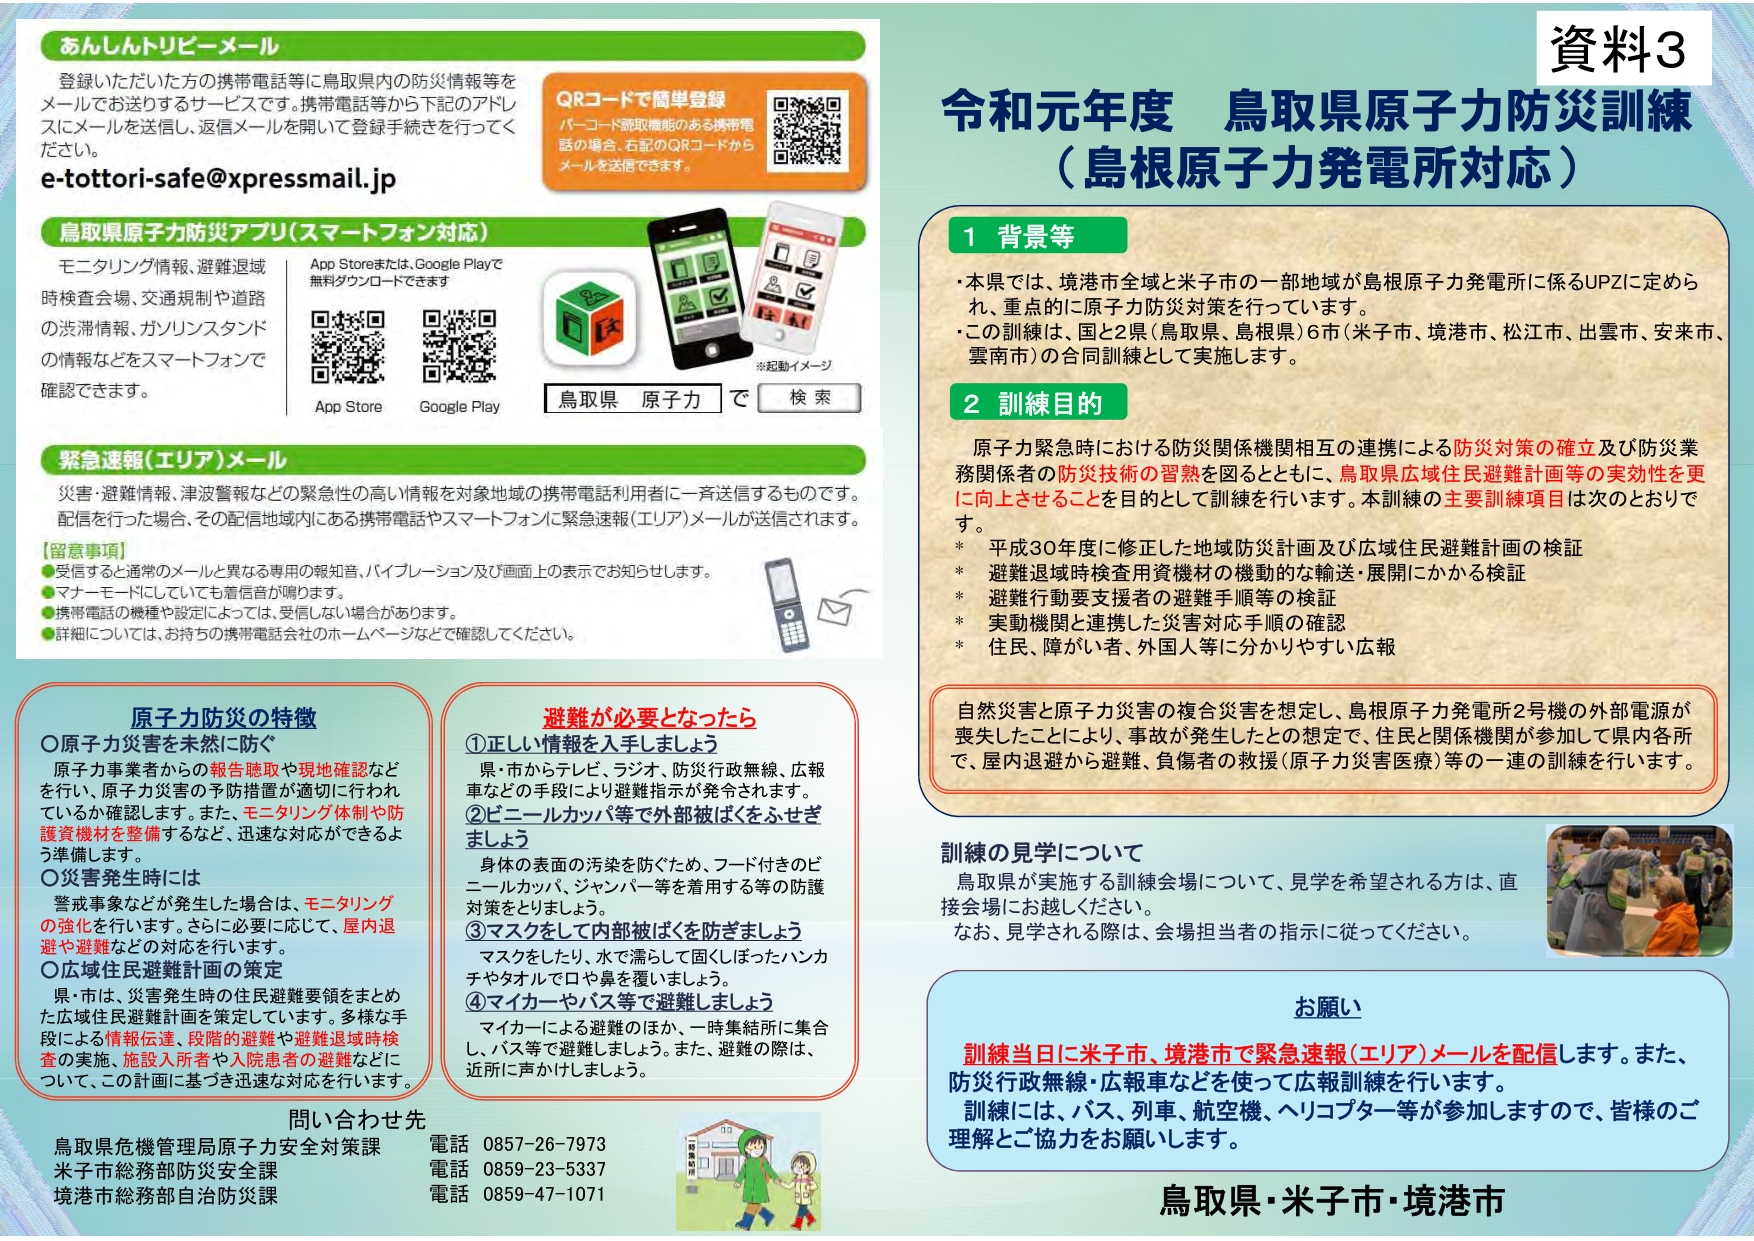
資料3
令和元年度 鳥取県原子力防災訓練
（島根原子力発電所対応）

1 背景等
・本県では、境港市全域と米子市の一部地域が島根原子力発電所に係るUPZに定められ、重点的に原子力防災対策を行っています。
・この訓練は、国と2県（鳥取県、島根県）6市（米子市、境港市、松江市、出雲市、安来市、雲南市）の合同訓練として実施します。

2 訓練目的
原子力緊急時における防災関係機関相互の連携による防災対策の確立及び防災業務関係者の防災技術の習熟を図るとともに、鳥取県広域住民避難計画等の実効性を更に向上させることを目的として訓練を行います。本訓練の主要訓練項目は次のとおりです。
* 平成30年度に修正した地域防災設計図及び広域住民避難計画の検証
* 避難退域時検査用資機材の機動的な輸送・展開にかかる検証
* 避難行動要支援者の避難手順等の検証
* 実動機関と連携した災害対応手順の確認
* 住民、障がい者、外国人等に分かりやすい広報

自然災害と原子力災害の複合災害を想定し、島根原子力発電所2号機の外部電源が喪失したことにより、事故が発生したとの想定で、住民と関係機関が参加して県内各所で、屋内退避から避難、負傷者の救援（原子力災害医療）等の一連の訓練を行います。

訓練の見学について
鳥取県が実施する訓練会場について、見学を希望される方は、直接会場にお越しください。
なお、見学される際は、会場担当者の指示に従ってください。

お願い
訓練当日に米子市、境港市で緊急速報（エリア）メールを配信します。また、防災行政無線・広報車などを用いて広報訓練を行います。
訓練には、バス、列車、航空機、ヘリコプター等が参加しますので、皆様のご理解とご協力をお願いします。

鳥取県・米子市・境港市

あんしんトリーメール
登録いただいた方の携帯電話等に鳥取県内の防災情報等をメールでお送りするサービスです。携帯電話等から下記のアドレスにメールを送信し、返信メールを開いて登録手続きを行ってください。
e-tottori-safe@xpressmail.jp

QRコードで簡単登録
バーコード読取機能のある携帯電話の場合、右記のQRコードからメールを送信できます。

鳥取県原子力防災アプリ（スマートフォン対応）
モニタリング情報、避難退域時検査会場、交通規制や道路の渋滞情報、ガソリンスタンドの情報などをスマートフォンで確認できます。
App Storeまたは、Google Playで無料ダウンロードできます
App Store Google Play
※起動イメージ
鳥取県 原子力 で 検索

緊急速報（エリア）メール
災害・避難情報、津波警報などの緊急性の高い情報を対象地域の携帯電話利用者に一斉送信するものです。配信を行った場合、その配信地域内にある携帯電話やスマートフォンに緊急速報（エリア）メールが送信されます。

【留意事項】
●受信すると通常のメールと異なる専用の報知音、バイブレーション及び画面上の表示でお知らせします。
●マナーモードにしても着信音が鳴ります。
●携帯電話の機種や設定によっては、受信しない場合があります。
●詳細については、お持ちの携帯電話会社のホームページなどで確認してください。

原子力防災の特徴
〇原子力災害を未然に防ぐ
原子力事業者からの報告聴取や現地確認などを行い、原子力災害の予防措置が適切に行われているか確認します。また、モニタリング体制や防護資機材を整備するなど、迅速な対応ができるよう準備します。
〇災害発生時には
警戒事象などが発生した場合は、モニタリングの強化を行い、さらに必要に応じて、屋内退避や避難などの対応を行います。
〇広域住民避難計画の策定
県・市は、災害発生時の住民避難要領をまとめた広域住民避難計画を策定しています。多様な手段による情報伝達、段階的避難や避難退域時検査の実施、施設入所者や入院患者の避難などについて、この計画に基づき迅速な対応を行います。

避難が必要となったら
①正しい情報を入手しましょう
県・市からテレビ、ラジオ、防災行政無線、広報車などの手段により避難指示が発令されます。
②ビニールカッパ等で外部被ばくをふさぎましょう
身体の表面の汚染を防ぐため、フード付きのビニールカッパ、ジャンパー等を着用する等の防護対策をとりましょう。
③マスクをして内部被ばくを防ぎましょう
マスクをしたり、水で濡らして固くしょったハンカチやタオルで口や鼻を覆いましょう。
④マイカーやバス等で避難しましょう
マイカーによる避難のほか、一時集結所に集合し、バス等で避難しましょう。また、避難の際は、近所に声かけしましょう。

問い合わせ先
鳥取県危機管理局原子力安全対策課 電話 0857-26-7973
米子市総務部防災安全課 電話 0859-23-5337
境港市総務部自治防災課 電話 0859-47-1071